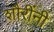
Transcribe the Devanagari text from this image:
शौरींनी